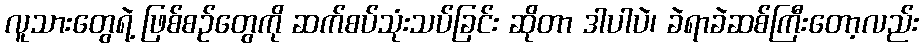
လူသားတွေရဲ့ ဖြစ်စဉ်တွေကို ဆက်စပ်သုံးသပ်ခြင်း ဆိုတာ ဒါပါပဲ၊ ခဲရာခဲဆစ်ကြီးတော့လည်း